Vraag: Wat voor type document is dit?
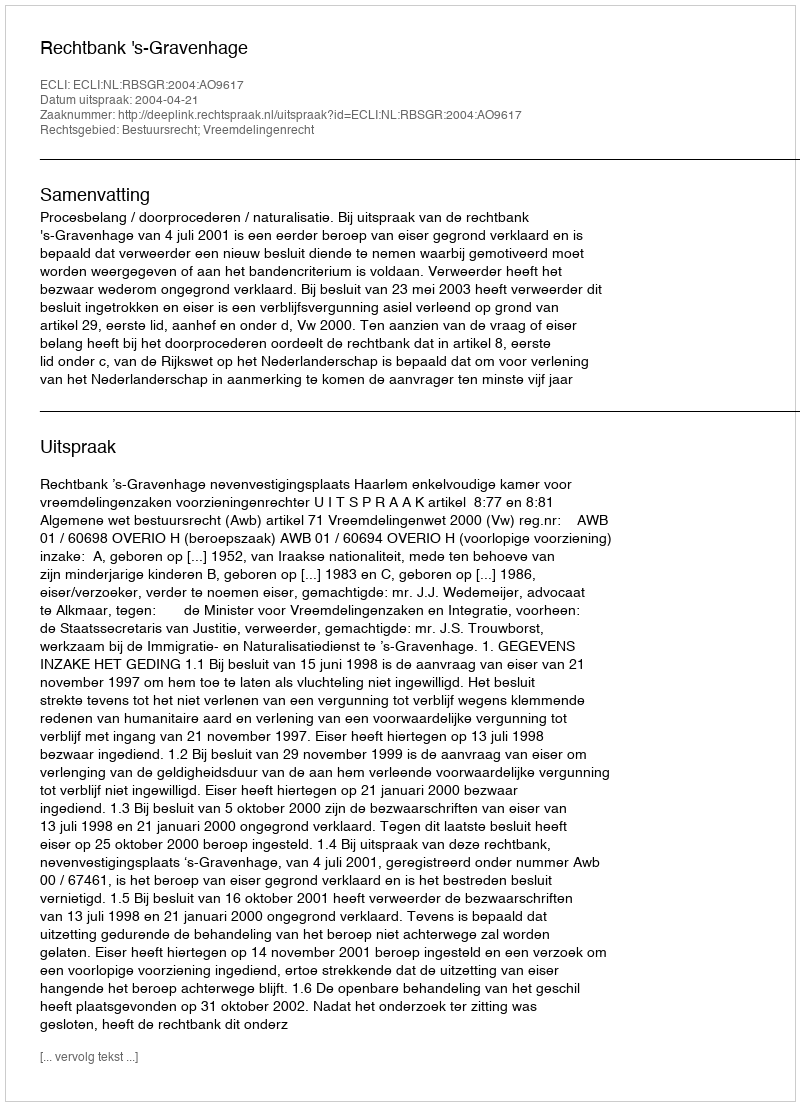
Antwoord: Uitspraak